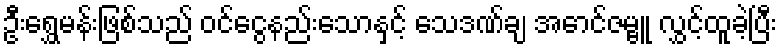
ဦးရွှေမန်းဖြစ်သည် ဝင်ငွေနည်းသောနှင့် သေဒဏ်ချ အောင်ဇမ္ဗူ လွှင့်ထူခဲ့ပြီး